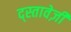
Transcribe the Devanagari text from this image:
द्स्तावेज़ी